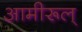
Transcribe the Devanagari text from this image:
आमीरूल्